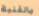
بالقنبلة